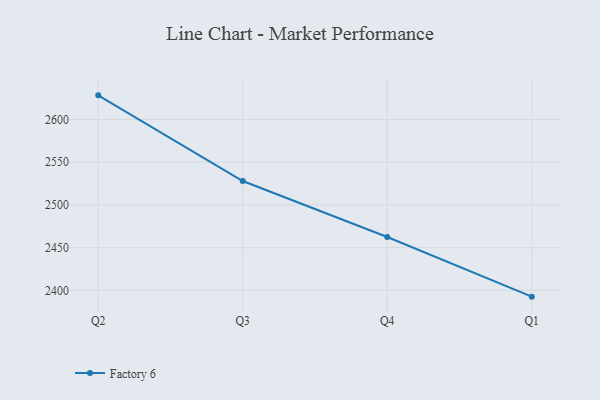
{"axis": {"x": "Quarter", "y": "Churn Rate (%)"}, "legend": ["Factory 6"], "data": [{"x": "Q2", "y": 2628.2, "type": "Factory 6"}, {"x": "Q3", "y": 2527.9, "type": "Factory 6"}, {"x": "Q4", "y": 2462.4, "type": "Factory 6"}, {"x": "Q1", "y": 2392.6, "type": "Factory 6"}]}